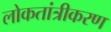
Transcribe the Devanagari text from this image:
लोकतांत्रीकरण